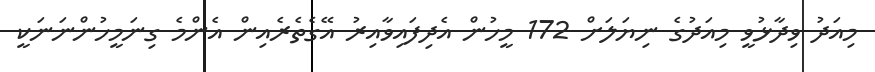
މިއަދު ވިދާޅުވީ މިއަދުގެ ނިޔަލަށް 172 މީހުން އެދިފައިވާއިރު އޭގެތެރެއިން އެންމެ ގިނަމީހުންނަނަކީ